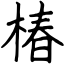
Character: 椿